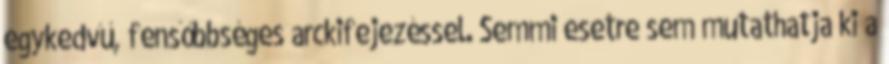
egykedvű, fensőbbséges arckifejezéssel. Semmi esetre sem mutathatja ki a